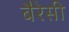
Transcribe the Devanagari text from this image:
बैरेसी